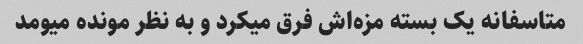
متاسفانه یک‌ بسته مزه‌اش فرق میکرد و به نظر مونده میومد